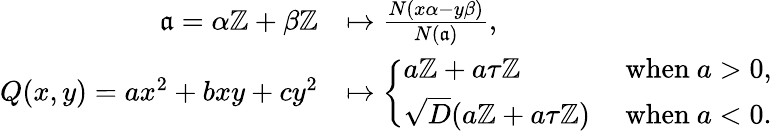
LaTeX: \begin{array}{rl}{\mathfrak a=\alpha\mathbb{Z}+\beta\mathbb{Z}}&{\mapsto\frac{N(x\alpha-y\beta)}{N(\mathfrak a)},}\\ {Q(x,y)=ax^{2}+bxy+cy^{2}}&{\mapsto\left\{ \begin{array}{ll}{a\mathbb{Z}+a\tau\mathbb{Z}}&{\mathrm{~when~}a>0,}\\ {\sqrt D(a\mathbb{Z}+a\tau\mathbb{Z})}&{\mathrm{~when~}a<0.}\end{array}\right.}\end{array}